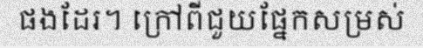
ផងដែរ។ ក្រៅពីជួយផ្នែកសម្រស់